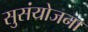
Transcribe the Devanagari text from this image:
सुसंयोजना